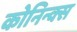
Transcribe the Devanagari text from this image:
कोनिन्क्स